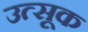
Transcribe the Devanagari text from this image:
उत्सूक